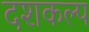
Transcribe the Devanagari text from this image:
दशकल्प